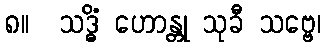
၈။  သဒ္ဓိံ ဟောန္တု သုခီ သဗ္ဗေ၊